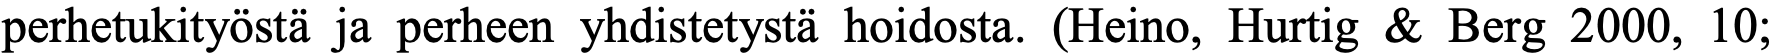
perhetukityöstä ja perheen yhdistetystä hoidosta. (Heino, Hurtig & Berg 2000, 10;